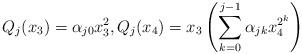
LaTeX: \begin{align*}{Q}_j (x_3)= \alpha_{j0} x_3^2, {Q}_j (x_4)= x_3 \left( \sum_{k=0}^{j-1} \alpha_{jk} x_4^{2^k}\right)\end{align*}